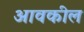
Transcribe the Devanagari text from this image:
आवकील